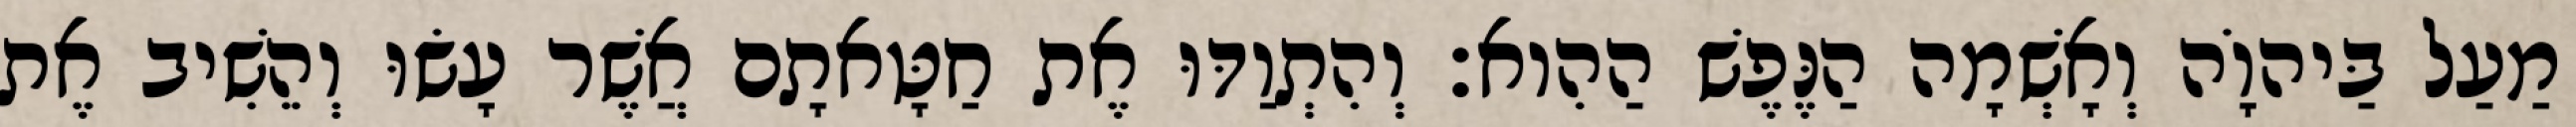
מַעַל בַּיהוָֹה וְאָשְׁמָה הַנֶּפֶשׁ הַהִוא׃ וְהִתְוַדּוּ אֶת חַטָּאתָם אֲשֶׁר עָשׂוּ וְהֵשִׁיב אֶת